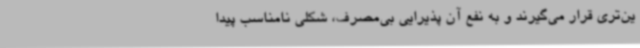
ین‌تری قرار می‌گیرند و به نفع آن پذیرایی بی‌مصرف، شکلی نامناسب پیدا